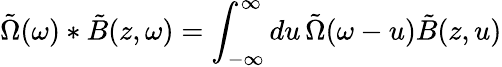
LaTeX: \tilde{\Omega}(\omega)*\tilde{B}(z,\omega)=\int_{-\infty}^{\infty}du\, \tilde{\Omega}(\omega-u)\tilde{B}(z,u)